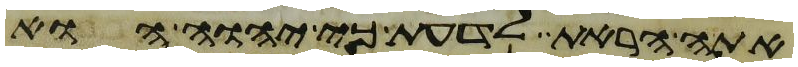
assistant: אתה הראת לדעת כי יהוה הוא